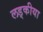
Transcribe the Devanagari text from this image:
लड्कीया